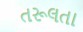
તરૂલતા